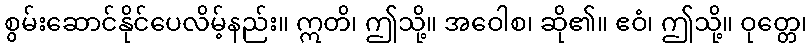
စွမ်းဆောင်နိုင်ပေလိမ့်နည်း။ ဣတိ၊ ဤသို့။ အဝေါစ၊ ဆို၏။ ဧဝံ၊ ဤသို့။ ဝုတ္တေ၊